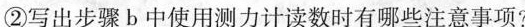
②写出步骤b中使用测力计读数时有哪些注意事项?